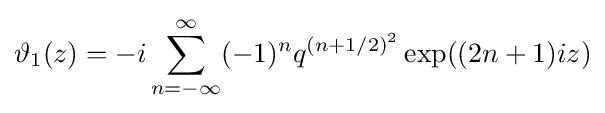
\vartheta _{1}(z)=-i\sum _{n=-\infty }^{\infty }(-1)^{n}q^{(n+1/2)^{2}}\exp((2n+1)iz)